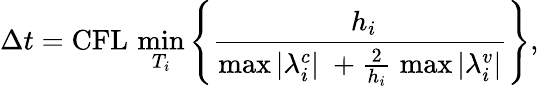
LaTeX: \Delta t=\mathrm{CFL}\, \operatorname*{min}_{T_{i}}\left\lbrace\frac{\; h_{i}}{\operatorname*{max}\left|\lambda_{i}^{c}\right|\; +\frac{2}{h_{i}}\; \operatorname*{max}\left|\lambda_{i}^{v}\right|}\right\rbrace,